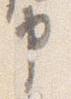
申